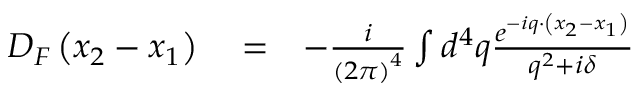
\begin{array} { r l r } { D _ { F } \left( x _ { 2 } - x _ { 1 } \right) } & { { } = } & { - \frac { i } { \left( 2 \pi \right) ^ { 4 } } \int d ^ { 4 } q \frac { e ^ { - i q \cdot \left( x _ { 2 } - x _ { 1 } \right) } } { q ^ { 2 } + i \delta } } \end{array}